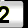
Digit: 2